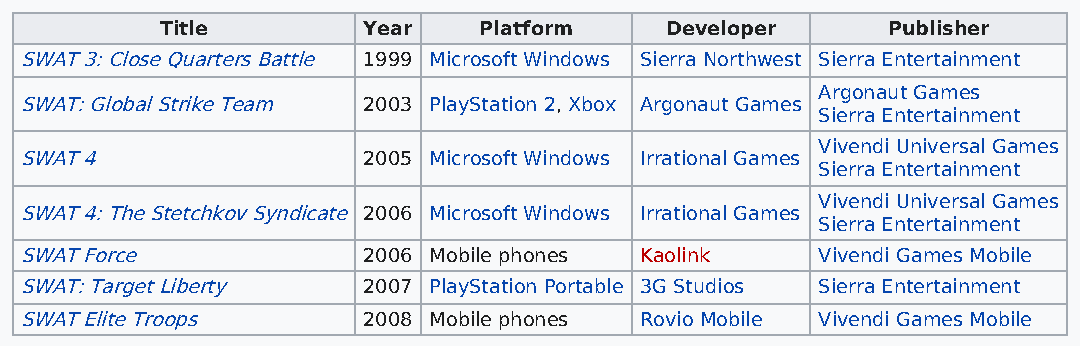
Title        Year    Platform    Developer      Publisher
 SWAT 3: Close Quarters Battle 1999 Microsoft Windows Sierra Northwest Sierra Entertainment
 Argonaut Games
 SWAT: Global Strike Team 2003 PlayStation 2, Xbox Argonaut Games
 Sierra Entertainment
 Vivendi Universal Games
 SWAT 4                 2005 Microsoft Windows Irrational Games
 Sierra Entertainment
 Vivendi Universal Games
 SWAT 4: The Stetchkov Syndicate 2006 Microsoft Windows Irrational Games
 Sierra Entertainment
 SWAT Force             2006 Mobile phones Kaolink    Vivendi Games Mobile
 SWAT: Target Liberty   2007 PlayStation Portable 3G Studios Sierra Entertainment
 SWAT Elite Troops      2008 Mobile phones Rovio Mobile Vivendi Games Mobile